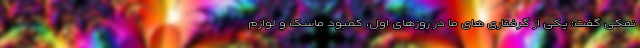
نمکی گفت: یکی از گرفتاری های ما در روزهای اول، کمبود ماسک و لوازم